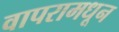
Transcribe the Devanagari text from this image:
वापरामधून